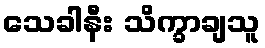
သေခါနီး သိက္ခာချသူ